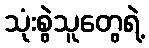
သုံးစွဲသူတွေရဲ့